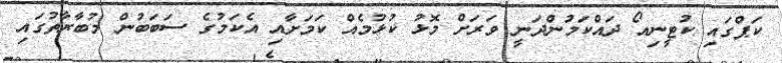
ކަޕްގައި ކުޓީނިއޯ ދައްކަމުންދަނީ ވަރަށް މޮޅު ކުޅުމެއް ކަމަށާއި އެކަމުގެ ސަބަބުން މުބާރާތުގައި